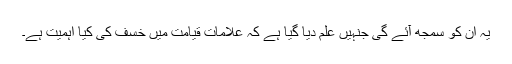
یہ ان کو سمجھ آئے گی جنہیں علم دیا گیا ہے کہ علامات قیامت میں خسف کی کیا اہمیت ہے۔